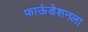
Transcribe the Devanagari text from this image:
फाऊंडेशनला